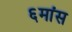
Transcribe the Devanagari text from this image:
६मांस